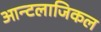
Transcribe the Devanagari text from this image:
आन्टलाजिकल